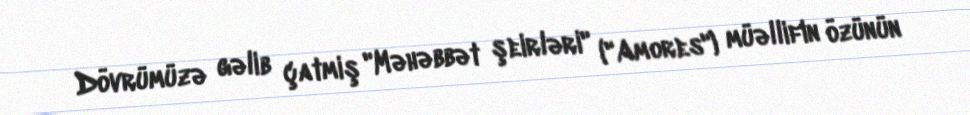
Dövrümüzə gəlib çatmiş "Məhəbbət şeirləri" ("Amores") müəllifin özünün